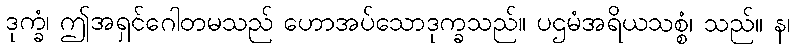
ဒုက္ခံ၊ ဤအရှင်ဂေါတမသည် ဟောအပ်သောဒုက္ခသည်။ ပဌမံအရိယသစ္စံ၊ သည်။ န၊